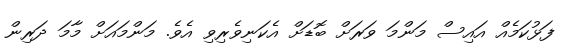
ފަޅުކަމެއް އައިސް މަންމަ ވަރަށް ބޮޑަށް އެކަނިވެރިވި އެވެ. މަންމައަށް މާމަ ދަރިން